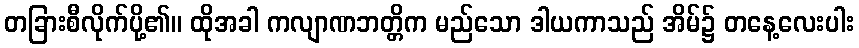
တခြားစီလိုက်ပို့၏။ ထိုအခါ ကလျာဏဘတ္တိက မည်သော ဒါယကာသည် အိမ်၌ တနေ့လေးပါး